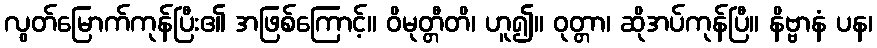
လွတ်မြောက်ကုန်ပြီး၏ အဖြစ်ကြောင့်။ ဝိမုတ္တီတိ၊ ဟူ၍။ ဝုတ္တာ၊ ဆိုအပ်ကုန်ပြီ။ နိဗ္ဗာနံ ပန၊